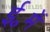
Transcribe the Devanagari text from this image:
ई॰में